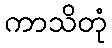
ကာသိတုံ